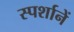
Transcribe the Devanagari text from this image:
स्पर्शानें